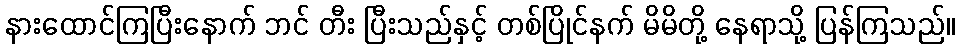
နားထောင်ကြပြီးနောက် ဘင် တီး ပြီးသည်နှင့် တစ်ပြိုင်နက် မိမိတို့ နေရာသို့ ပြန်ကြသည်။